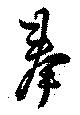
奉